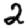
Digit: 2